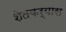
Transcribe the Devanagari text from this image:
शेतकर्‍यास